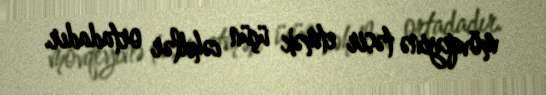
mövqeyinə təsir etmək üçün cəhdlər ortadadır.